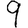
Digit: 9